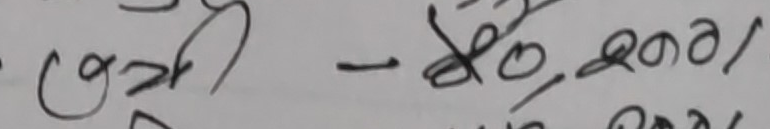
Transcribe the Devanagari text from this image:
लुगा - २०,०००/